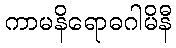
ကာမနိရောဓဂါမိနီ